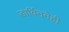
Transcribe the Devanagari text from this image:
डार्विननेही